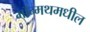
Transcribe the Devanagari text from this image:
मॉन्मथमधील